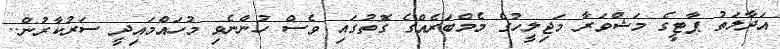
އަދާލަތު ޕާޓީގެ މަޝްވަރާ މަޖިލީހުގެ މެމްބަރެއްގެ ގޮތުގައި ވެސް ހުންނެވި މުހައްމައިދީ ސަރުކާރުން..